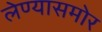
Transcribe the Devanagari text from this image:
लेण्यासमोर